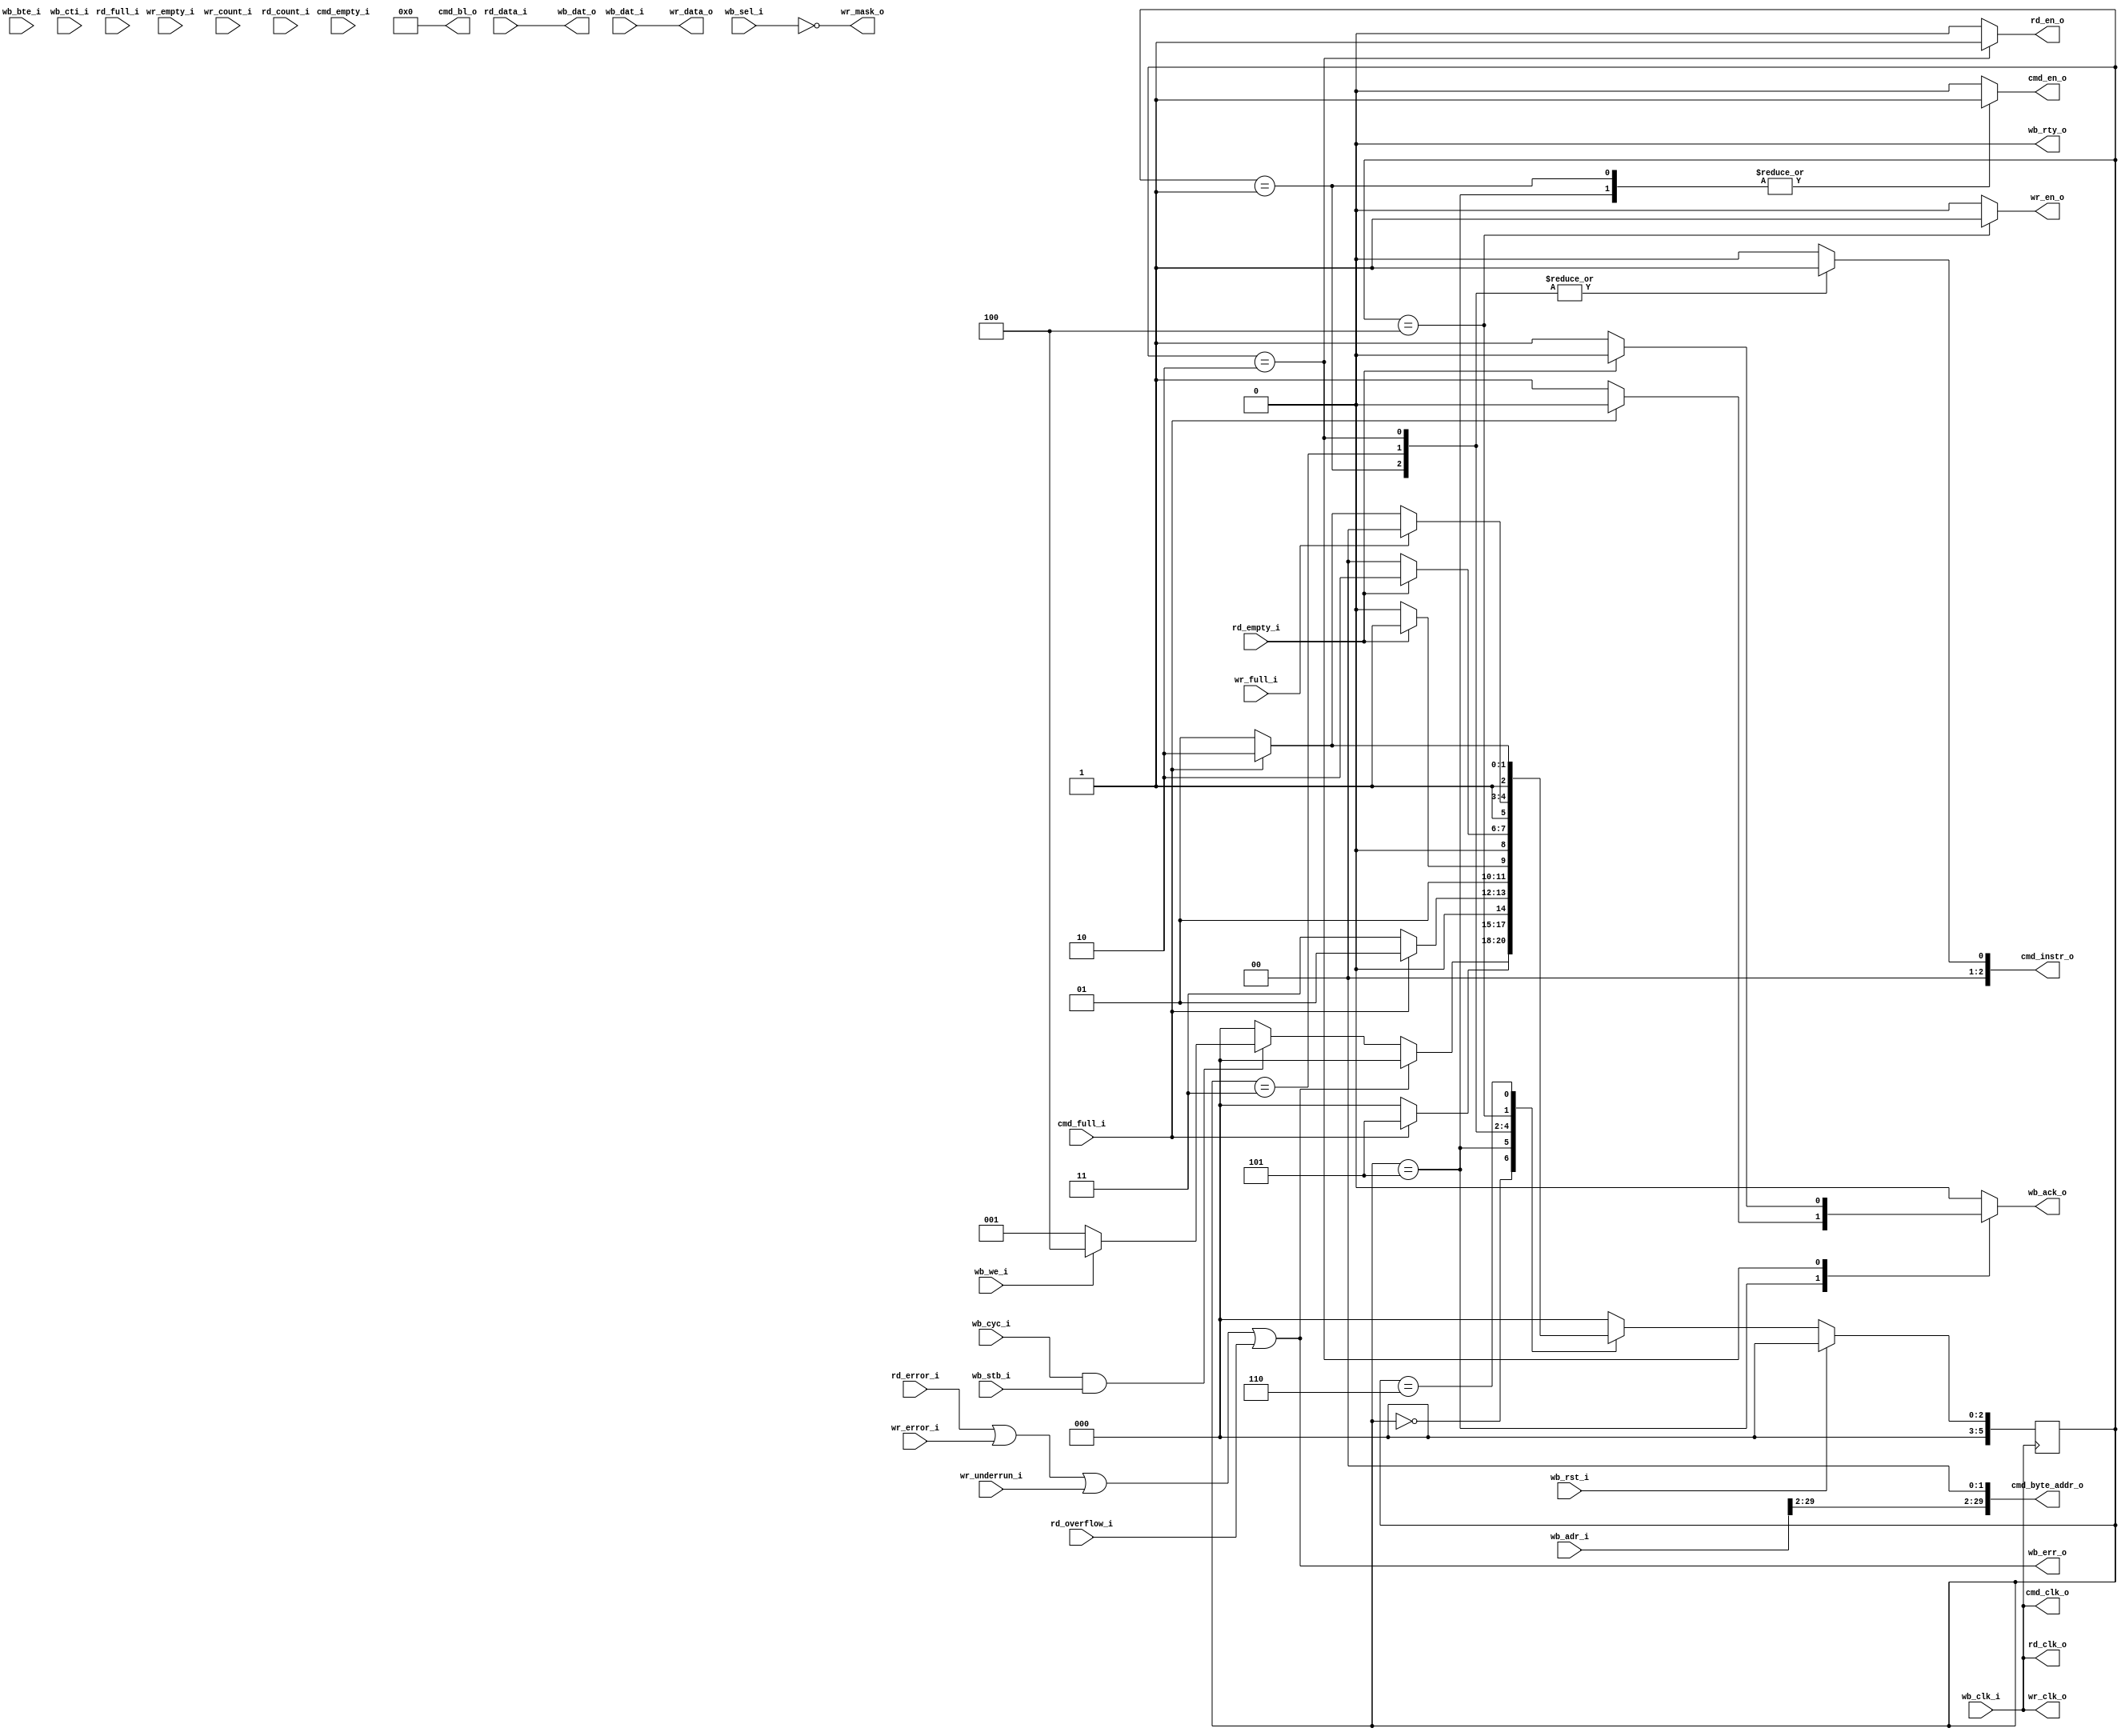
/* Copyright (c) 2013 by the author(s)
 *
 * Permission is hereby granted, free of charge, to any person obtaining a copy
 * of this software and associated documentation files (the "Software"), to deal
 * in the Software without restriction, including without limitation the rights
 * to use, copy, modify, merge, publish, distribute, sublicense, and/or sell
 * copies of the Software, and to permit persons to whom the Software is
 * furnished to do so, subject to the following conditions:
 *
 * The above copyright notice and this permission notice shall be included in
 * all copies or substantial portions of the Software.
 *
 * THE SOFTWARE IS PROVIDED "AS IS", WITHOUT WARRANTY OF ANY KIND, EXPRESS OR
 * IMPLIED, INCLUDING BUT NOT LIMITED TO THE WARRANTIES OF MERCHANTABILITY,
 * FITNESS FOR A PARTICULAR PURPOSE AND NONINFRINGEMENT. IN NO EVENT SHALL THE
 * AUTHORS OR COPYRIGHT HOLDERS BE LIABLE FOR ANY CLAIM, DAMAGES OR OTHER
 * LIABILITY, WHETHER IN AN ACTION OF CONTRACT, TORT OR OTHERWISE, ARISING FROM,
 * OUT OF OR IN CONNECTION WITH THE SOFTWARE OR THE USE OR OTHER DEALINGS IN
 * THE SOFTWARE.
 *
 * =============================================================================
 *
 * Wishbone to MIG native interface wrapper. This wrapper acts as a
 * wishbone slave device and and be attached to one bidirectional
 * 32 bit port of the mig_39 module.
 *
 * Author(s):
 *    Hans-Christian Wild <hans-christian.wild@mytum.de>
 */

module wb_mig_if (/*AUTOARG*/
   // Outputs
   wb_dat_o, wb_ack_o, wb_err_o, wb_rty_o, cmd_clk_o, cmd_en_o,
   cmd_instr_o, cmd_bl_o, cmd_byte_addr_o, wr_clk_o, wr_en_o,
   wr_mask_o, wr_data_o, rd_clk_o, rd_en_o,
   // Inputs
   wb_adr_i, wb_bte_i, wb_cti_i, wb_cyc_i, wb_dat_i, wb_sel_i,
   wb_stb_i, wb_we_i, wb_clk_i, wb_rst_i, cmd_empty_i, cmd_full_i,
   wr_full_i, wr_empty_i, wr_count_i, wr_underrun_i, wr_error_i,
   rd_data_i, rd_full_i, rd_empty_i, rd_count_i, rd_overflow_i,
   rd_error_i
   );

   // Wishbone connection
   output [31:0]   wb_dat_o;
   output          wb_ack_o;
   output          wb_err_o;
   output          wb_rty_o;
   input [31:0]    wb_adr_i;
   input [1:0]     wb_bte_i;
   input [2:0]     wb_cti_i;
   input           wb_cyc_i;
   input [31:0]    wb_dat_i;
   input [3:0]     wb_sel_i;
   input           wb_stb_i;
   input           wb_we_i;
   input           wb_clk_i;
   input           wb_rst_i;

   //Memory connection
   output          cmd_clk_o;
   output          cmd_en_o;
   output [2:0]    cmd_instr_o;
   output [5:0]    cmd_bl_o;
   output [29:0]   cmd_byte_addr_o;
   input           cmd_empty_i;
   input           cmd_full_i;
   output          wr_clk_o;
   output          wr_en_o;
   output [3:0]    wr_mask_o;
   output [31:0]   wr_data_o;
   input           wr_full_i;
   input           wr_empty_i;
   input [6:0]     wr_count_i;
   input           wr_underrun_i;
   input           wr_error_i;
   output          rd_clk_o;
   output          rd_en_o;
   input [31:0]    rd_data_i;
   input           rd_full_i;
   input           rd_empty_i;
   input [6:0]     rd_count_i;
   input           rd_overflow_i;
   input           rd_error_i;


   //Wires
   wire            clk;
   wire            rst;

   /*AUTOREG*/
   // Beginning of automatic regs (for this module's undeclared outputs)
   reg                  cmd_en_o;
   reg                  rd_en_o;
   reg                  wb_ack_o;
   reg                  wr_en_o;
   // End of automatics
   reg                  instr;

   // Clocks and Reset
   assign clk = wb_clk_i;
   assign cmd_clk_o = clk;
   assign rd_clk_o = clk;
   assign wr_clk_o = clk;

   assign rst = wb_rst_i;

   // WB to Memory & Memory to WB
   assign wr_data_o = wb_dat_i;
   assign wb_dat_o = rd_data_i;

   // MIG allows only word wise addressing
   assign cmd_byte_addr_o = {wb_adr_i[29:2], 2'b0};

   assign wr_mask_o = ~wb_sel_i;
   assign cmd_bl_o = 6'b0;
   assign cmd_instr_o = {2'b0, instr};
   assign wb_err_o = rd_error_i | wr_error_i | wr_underrun_i | rd_overflow_i;
   assign wb_rty_o = 1'b0;

   // WB to internal

   assign wb_active = wb_cyc_i & wb_stb_i;

   //-------------------------------------------------------------------------------------
   // Main FSM
   //
   // This FSM generates all control signals to control the wishbone bus, the memory
   // interface as well as internal data.
   //-------------------------------------------------------------------------------------

   localparam IDLE = 6'h0;
   localparam READ = 6'h1;
   localparam READ_ACK = 6'h2;
   localparam READ_WAIT = 6'h3;
   localparam WRITE = 6'h4;
   localparam WRITE_CMD = 6'h5;
   localparam WRITE_CMD_WAIT = 6'h6;

   reg [5:0] wb_cstate;
   reg [5:0] wb_nstate;

   always @(posedge wb_clk_i) begin
      if (rst) begin
         wb_cstate <= IDLE;
      end else begin
         wb_cstate <= wb_nstate;
      end
   end

   always @(*) begin
      rd_en_o = 0;
      wr_en_o = 0;
      cmd_en_o = 0;
      wb_ack_o = 0;
      instr = 0;
      
      case (wb_cstate)
        IDLE: begin
           rd_en_o = 0;
           wr_en_o = 0;
           cmd_en_o = 0;
           wb_ack_o = 0;
           instr = 0;
           
           if (wb_err_o) begin
              wb_nstate = IDLE;
           end else if (wb_active) begin
              if (wb_we_i) begin
                 wb_nstate = WRITE;
              end else begin
                 wb_nstate = READ;
              end
           end else begin
              wb_nstate = IDLE;
           end
        end
        WRITE_CMD: begin
           rd_en_o = 0;
           wr_en_o = 0;
           cmd_en_o = 1;
           instr = 0;
           if (~cmd_full_i) begin
              wb_ack_o = 1;
              wb_nstate = IDLE;
           end else begin
              wb_nstate = WRITE_CMD;
           end
        end
        READ: begin
           rd_en_o = 0;
           wr_en_o = 0;
           cmd_en_o = 1;
           wb_ack_o = 0;
           instr = 1;
           if (~cmd_full_i) begin
              wb_nstate = READ_WAIT;
           end else begin
              wb_nstate = READ;
           end
        end
        READ_WAIT: begin
           rd_en_o = 0;
           wr_en_o = 0;
           cmd_en_o = 0;
           wb_ack_o = 0;
           instr = 1;
           if (~rd_empty_i) begin
              wb_nstate = READ_ACK;
           end else begin
              wb_nstate = READ_WAIT;
           end
        end
        READ_ACK: begin
           rd_en_o = 1;
           wr_en_o = 0;
           cmd_en_o = 0;
           instr = 1;
           if (~rd_empty_i) begin
              wb_ack_o = 1;
              wb_nstate = IDLE;
           end else begin
              wb_nstate = READ_ACK;
           end
        end
        WRITE: begin
           rd_en_o = 0;
           wr_en_o = 1;
           cmd_en_o = 0;
           wb_ack_o = 0;
           instr = 0;

           if (~wr_full_i) begin
              if (~cmd_full_i) begin
                 wb_nstate = WRITE_CMD;
              end else begin
                 wb_nstate = WRITE_CMD_WAIT;
              end
           end else begin
              wb_nstate = WRITE;
           end
        end
        WRITE_CMD_WAIT: begin
           rd_en_o = 0;
           wr_en_o = 0;
           cmd_en_o = 0;
           wb_ack_o = 0;
           instr = 0;
           if (~cmd_full_i) begin
              wb_nstate = WRITE_CMD;
           end else begin
              wb_nstate = WRITE_CMD_WAIT;
           end
        end
        default: begin
           wb_nstate = IDLE;
        end
      endcase
   end

endmodule // wb_mig_if

// Local Variables:
// verilog-library-directories:("../../*/verilog/" "*")
// verilog-auto-inst-param-value: t
// End: